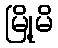
မြို့မိ